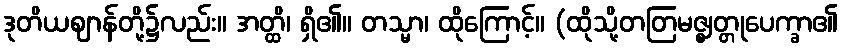
ဒုတိယဈာန်တို့၌လည်း။ အတ္ထိ၊ ရှိ၏။ တသ္မာ၊ ထိုကြောင့်။ (ထိုသို့တတြမဇ္ဈတ္တုပေက္ခာ၏